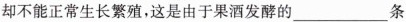
却不能正常生长繁殖，这是由于果酒发酵的___ 条